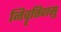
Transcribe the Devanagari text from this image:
निवॄत्तिदासु